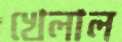
খেলাল